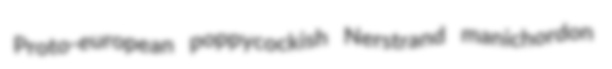
Proto-european poppycockish Nerstrand manichordon